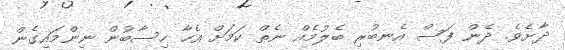
ދާށެވެ. ދެން ފަސް އެނބުރި ބެލުމެއް ނެތް ކަމަށް އެހާ ހިސާބުން ނިންމައިގެން